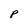
Character: p